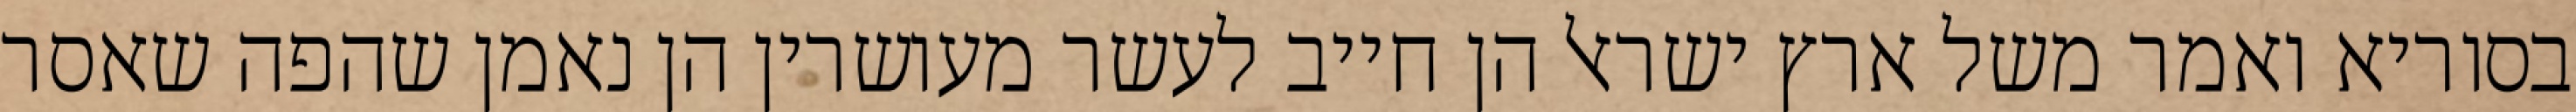
בסוריא ואמר משל ארץ ישראל הן חייב לעשר מעושרין הן נאמן שהפה שאסר